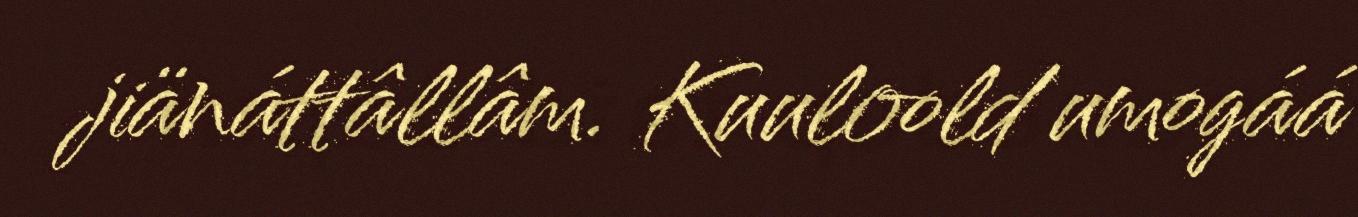
jiänáttâllâm. Kuuloold umogáá